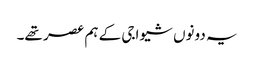
یہ دونوں شیواجی کے ہم عصر تھے۔